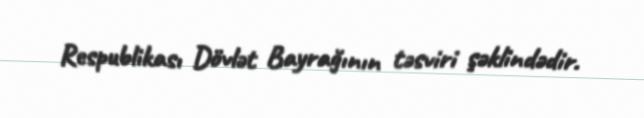
Respublikası Dövlət Bayrağının təsviri şəklindədir.